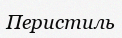
Перистиль